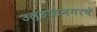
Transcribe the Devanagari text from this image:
उल्हासनगरचे